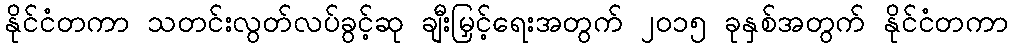
နိုင်ငံတကာ သတင်းလွတ်လပ်ခွင့်ဆု ချီးမြှင့်ရေးအတွက် ၂၀၁၅ ခုနှစ်အတွက် နိုင်ငံတကာ